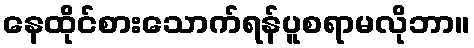
နေထိုင်စားသောက်ရန်ပူစရာမလိုဘာ။